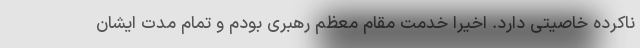
ناکرده خاصیتی دارد. اخیرا خدمت مقام معظم رهبری بودم و تمام مدت ایشان